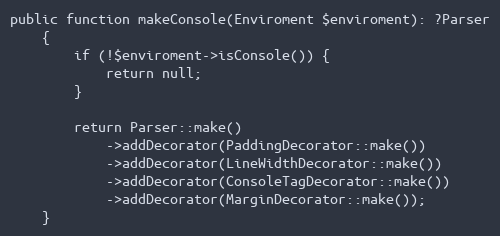
Language: PHP
public function makeConsole(Enviroment $enviroment): ?Parser
    {
        if (!$enviroment->isConsole()) {
            return null;
        }

        return Parser::make()
            ->addDecorator(PaddingDecorator::make())
            ->addDecorator(LineWidthDecorator::make())
            ->addDecorator(ConsoleTagDecorator::make())
            ->addDecorator(MarginDecorator::make());
    }